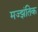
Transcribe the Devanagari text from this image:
मज्झंतिक